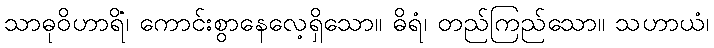
သာဓုဝိဟာရိံ၊ ကောင်းစွာနေလေ့ရှိသော။ ဓိရံ၊ တည်ကြည်သော။ သဟာယံ၊